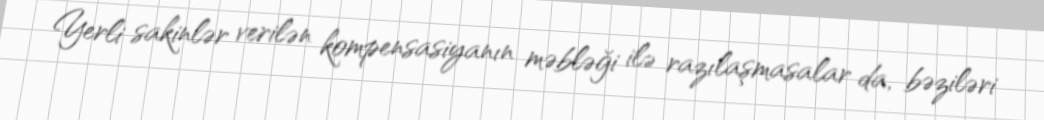
Yerli sakinlər verilən kompensasiyanın məbləği ilə razılaşmasalar da, bəziləri